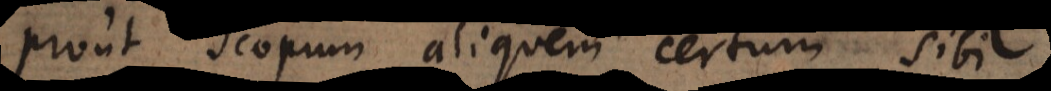
prout scopum aliquem certum sibi